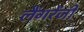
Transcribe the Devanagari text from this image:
लैंगरेंजी